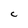
Character: C